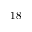
1 8